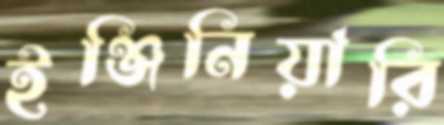
ইঞ্জিনিয়ারি